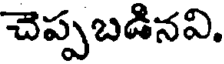
చెప్పబడినవి.